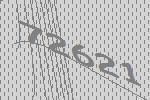
72621